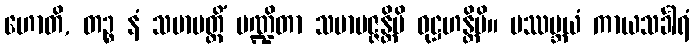
ဟောတိ, တဉ္စ နံ သမာပတ္တိံ ပဏ္ဍိတာ သမာပဇ္ဇန္တိပိ ဝုဋ္ဌဟန္တိပိ။ ပဿမ္ဘယံ ကာယသင်္ခါရံ